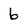
Character: 6